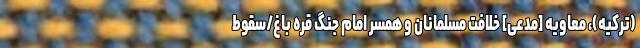
(ترکیه)، معاویه [مدعی] خلافت مسلمانان و همسر امام جنگ قره باغ/سقوط